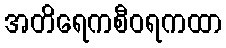
အတိရေကစီဝရကထာ